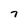
Character: 7